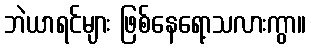
ဘဲယာရင်များ ဖြစ်နေရော့သလားကွာ။